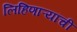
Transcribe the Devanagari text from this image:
लिहिणाऱ्यांची